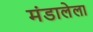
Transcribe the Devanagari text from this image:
मंडालेला